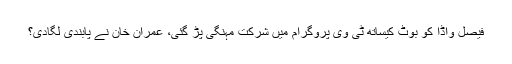
فیصل واڈا کو بوٹ کیساتھ ٹی وی پروگرام میں شرکت مہنگی پڑ گئی، عمران خان نے پابندی لگادی؟